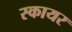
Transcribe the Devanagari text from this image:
स्कायर